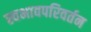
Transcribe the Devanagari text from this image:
स्वभावपरिवर्तन